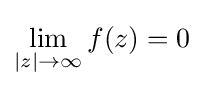
\lim _{|z|\to \infty }f(z)=0